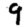
Digit: 9